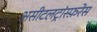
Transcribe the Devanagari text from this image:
असीटलट्रांस्फ़रेस